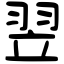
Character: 翌